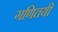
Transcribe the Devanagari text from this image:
गणितयी